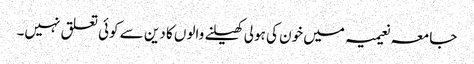
جامعہ نعیمیہ میں خون کی ہولی کھیلنے والوں کا دین سے کوئی تعلق نہیں۔